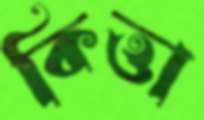
কিত্তা